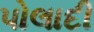
પોલાદી